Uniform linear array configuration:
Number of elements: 32
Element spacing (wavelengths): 0.5
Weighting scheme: hamming
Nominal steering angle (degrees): -45
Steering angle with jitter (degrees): -43.32
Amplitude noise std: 0.05
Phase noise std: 0.05

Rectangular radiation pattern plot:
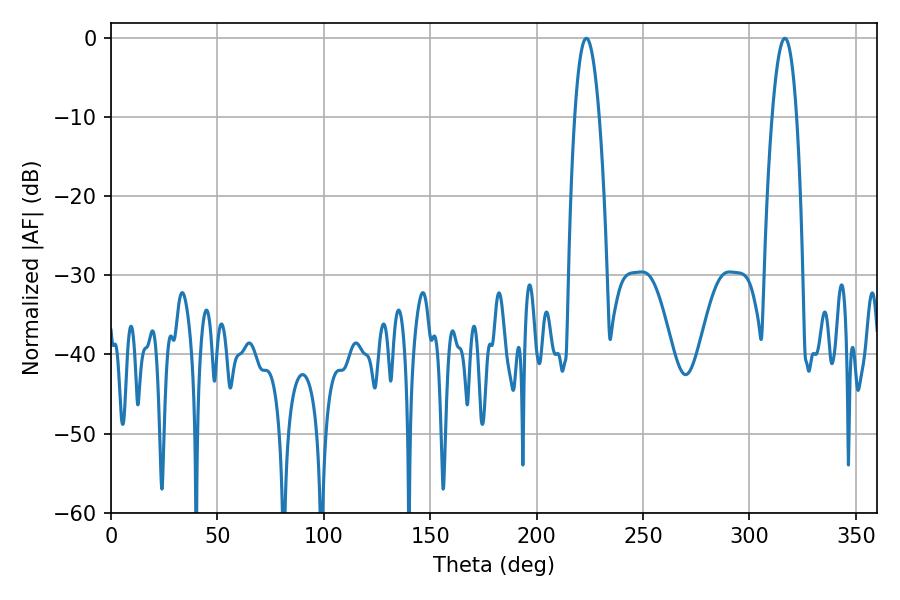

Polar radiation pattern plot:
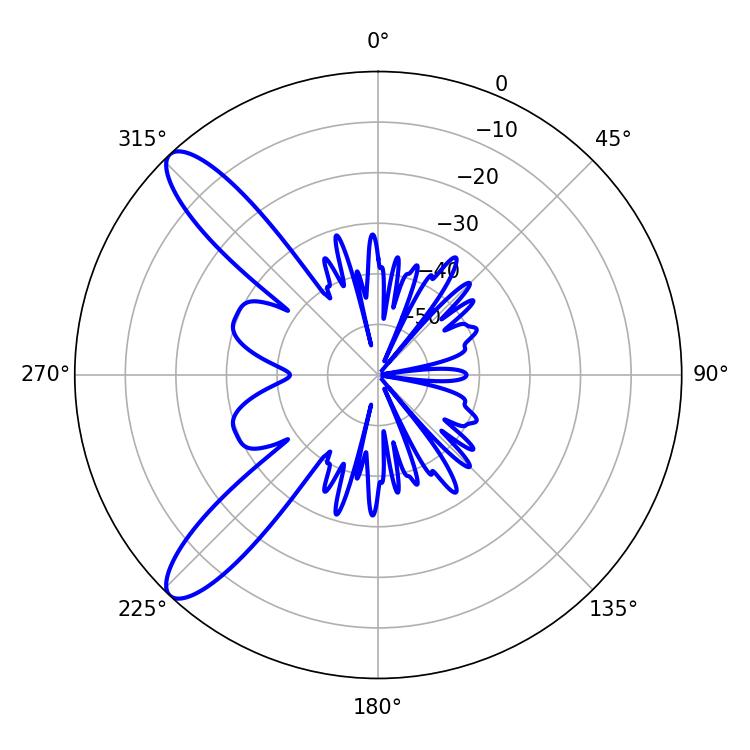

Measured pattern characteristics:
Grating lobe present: FALSE
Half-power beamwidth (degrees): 6.3
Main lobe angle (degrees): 223.38